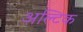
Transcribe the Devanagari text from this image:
अल्टिक